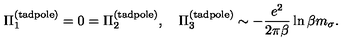
\Pi _ { 1 } ^ { ( \mathrm { t a d p o l e } ) } = 0 = \Pi _ { 2 } ^ { ( \mathrm { t a d p o l e } ) } , \quad \Pi _ { 3 } ^ { ( \mathrm { t a d p o l e } ) } \sim - \frac { e ^ { 2 } } { 2 \pi \beta } \ln \beta m _ { \sigma } .